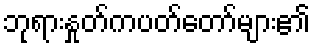
ဘုရားနှုတ်ကပတ်တော်များ၏